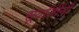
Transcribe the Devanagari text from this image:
सूर्याजींनी